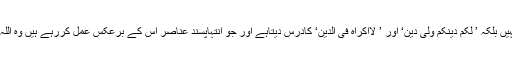
قرآن مجید، مخالف مذاہب اور عقائدکے ماننے والوں کو صفحہٴ ہستی سے مٹانے کا نہیں بلکہ ’ لکم دینکم ولی دین‘ اور ’ لااکراہ فی الدین‘ کادرس دیتاہے اور جو انتہاپسند عناصر اس کے برعکس عمل کررہے ہیں وہ اللہ تعالیٰ، اس کے رسول سلم ، قرآن مجید اور اسلام کی تعلیمات کی کھلی نفی کررہے ۔